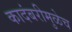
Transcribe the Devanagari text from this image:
कादंबरीमुळेच